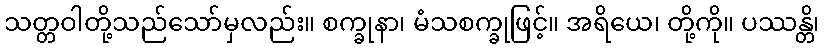
သတ္တဝါတို့သည်သော်မှလည်း။ စက္ခုနာ၊ မံသစက္ခုဖြင့်။ အရိယေ၊ တို့ကို။ ပဿန္တိ၊